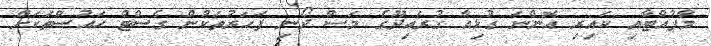
މާފުއްޓާއި ކައިރި އޮންނަ ގުޅިއާ ގުރައިދޫގެ މަސް ދޯނި ފަހަރުތަކުން ގެސްޓް ހައުސްތަކަށް